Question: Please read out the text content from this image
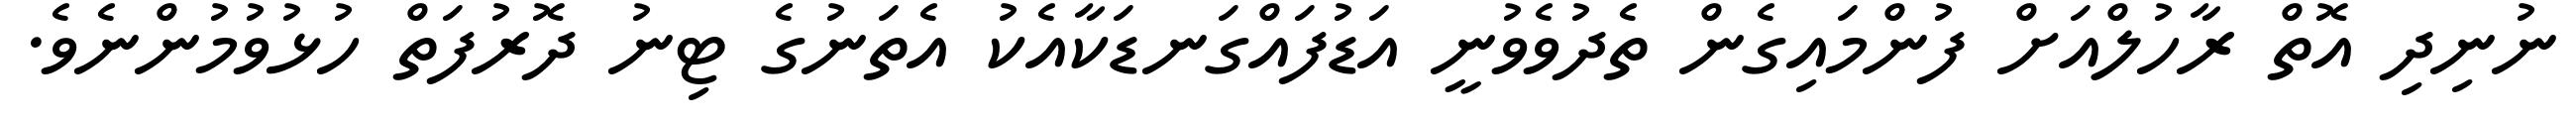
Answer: ނުނިދި އޮތް ރާހުލްއަށް ފުންމައިގެން ތެދުވެވުނީ އަޑުފައްގަނޑަކާއެކު އެތަނުގެ ޓިނު ދޮރުފަތް ހުޅުވުމުންނެވެ.